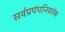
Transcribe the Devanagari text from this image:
सर्वप्रपंचनिवर्तक